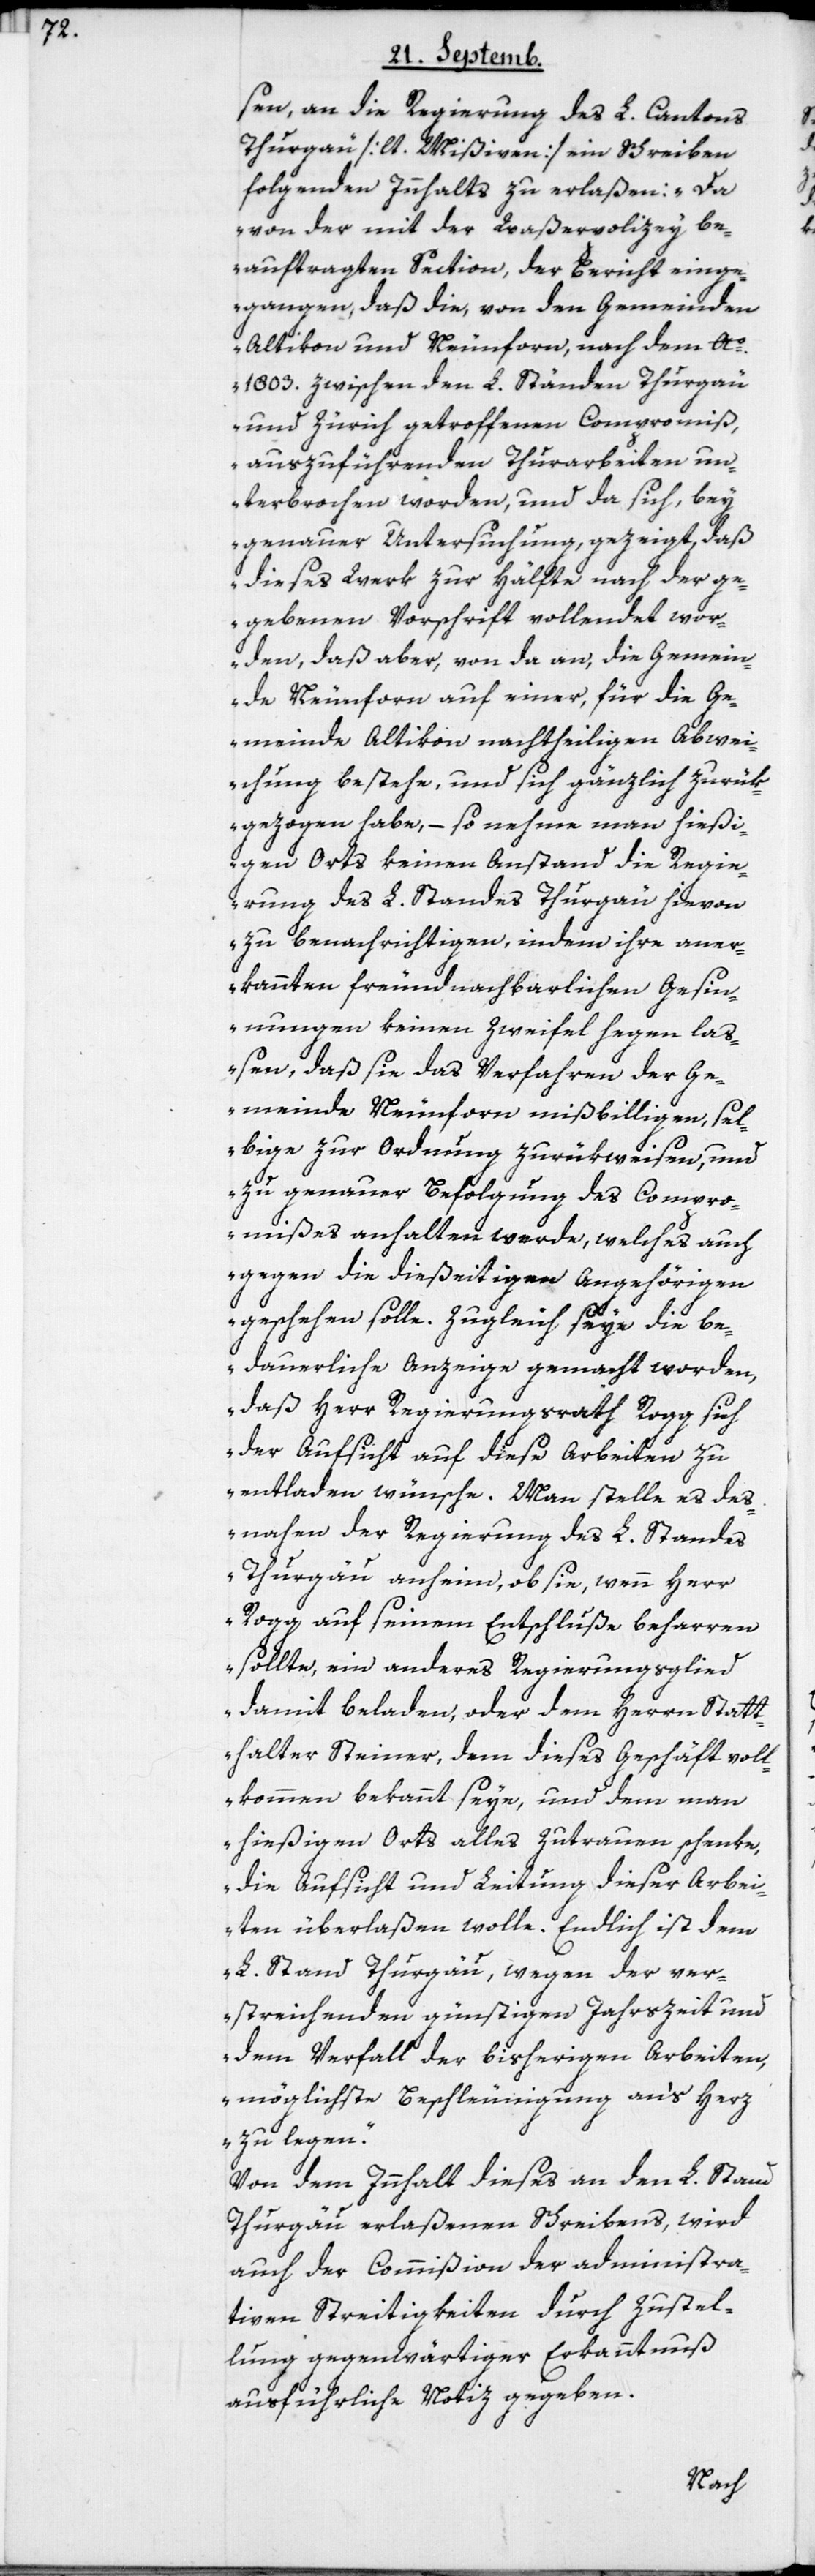
sen, an die Regierung des L. Cantons
Thurgau [lt. Mißiven] ein Schreiben
folgenden Innhalts zu erlaßen: „Da
von der mit der Waßerpolizey be¬
auftragten Section, der Bericht einge¬
gangen, daß die, von den Gemeinden
Altikon und Neunforn, nach dem Ao
1803. zwischen den L. Ständen Thurgau
und Zürich getroffenen Compromiß,
auszuführenden Thurarbeiten un¬
terbrochen worden, und da sich, bey
genauer Untersuchung gezeigt, daß
dieses Werk zur Hälfte nach der ge¬
gebenen Vorschrift vollendet wor¬
den, daß aber, von da an, die Gemein¬
de Neunforn auf einer für die Ge¬
meinde Altikon nachtheiligen Abwei¬
chung bestehe, und sich gänzlich zurük¬
gezogen habe, – so nehme man hießi¬
gen Orts keinen Anstand, die Regie¬
rung des L. Standes Thurgau hievon
zu benachrichtigen, indem ihre aner¬
kannten freundnachbarlichen Gesin¬
nungen keinen Zweifel hegen la¬
ßen, daß sie das Verfahren der Ge¬
meinde Neunforn mißbilligen, sel¬
bige zur Ordnung zurükweisen und
zu genauer Befolgung des Compro¬
mißes anhalten werde, welches auch
gegen die dießeitigen Angehörigen
geschehen solle. Zugleich seye die be¬
dauerliche Anzeige gemacht worden,
daß Herr Regierungsrat Rogg sich
der Aufsicht auf diese Arbeiten zu
entladen wünsche. Man stelle es des¬
nahen der Regierung des L. Standes
Thurgäu anheim, ob sie, wenn Herr
Rogg auf seinem Entschluße beharren
sollte, ein anderes Regierungsglied
damit beladen, oder dem Herrn Statt¬
halter Steiner, dem dieses Geschäft voll¬
kommen bekannt seye, und dem man
hießigen Orts alles Zutrauen schenke,
die Aufsicht und Leitung dieser Arbei¬
ten überlaßen wolle. Endlich ist dem
L. Stand Thurgäu, wegen der ver¬
streichenden günstigen Jahrszeit und
dem Verfall der bisherigen Arbeiten,
möglichste Beschleunigung ans Herz
zu legen“.
Von dem Innhalt dieses an den L. Stand
Thurgäu erlaßenen Schreibens wird
auch der Commißion der administra¬
tiven Streitigkeiten durch Zustel¬
lung gegenwärtiger Erkanntnuß
ausführliche Notiz gegeben.